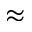
\approx